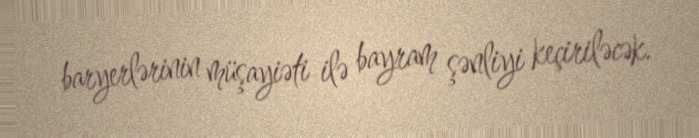
baryerlərinin müşayiəti ilə bayram şənliyi keçiriləcək.